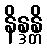
နိန္ဒန္တိ